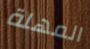
المهلة